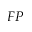
F P